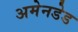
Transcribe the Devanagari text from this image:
अमेनडेड